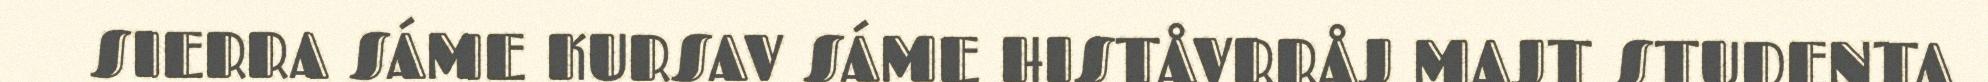
SIERRA SÁME KURSAV SÁME HISTÅVRRÅJ MAJT STUDENTA